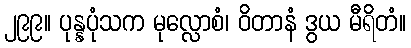
၂၉၉။ ပုန္နပုံသက မုလ္လောစံ၊ ဝိတာနံ ဒွယ မီရိတံ။